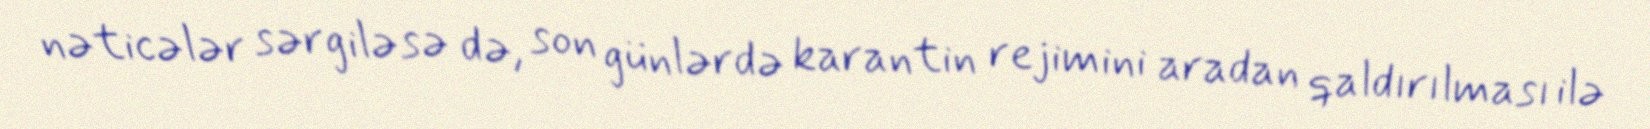
nəticələr sərgiləsə də, son günlərdə karantin rejimini aradan qaldırılması ilə